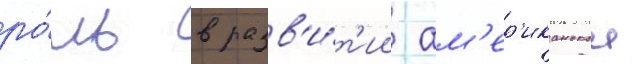
ро́ль в разв'и́т'ии ам'ер'иканскои